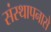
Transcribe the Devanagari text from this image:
संस्थापनासे